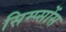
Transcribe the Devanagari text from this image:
सिम्प्सोंस